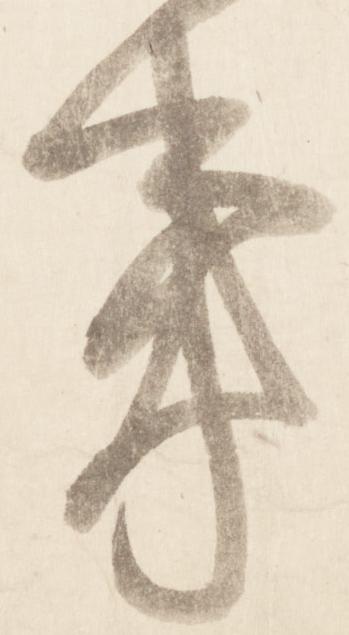
事